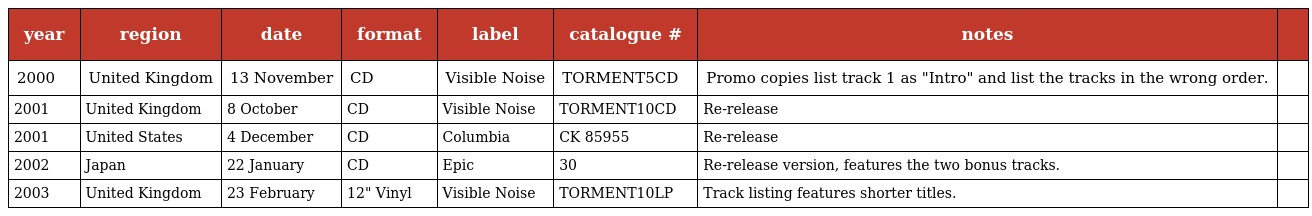
| year | region | date | format | label | catalogue # | notes |  |
 | --- | --- | --- | --- | --- | --- | --- | --- |
 | 2000 | United Kingdom | 13 November | CD | Visible Noise | TORMENT5CD | Promo copies list track 1 as "Intro" and list the tracks in the wrong order. |  |
 | 2001 | United Kingdom | 8 October | CD | Visible Noise | TORMENT10CD | Re-release |  |
 | 2001 | United States | 4 December | CD | Columbia | CK 85955 | Re-release |  |
 | 2002 | Japan | 22 January | CD | Epic | 30 | Re-release version, features the two bonus tracks. |  |
 | 2003 | United Kingdom | 23 February | 12" Vinyl | Visible Noise | TORMENT10LP | Track listing features shorter titles. |  |